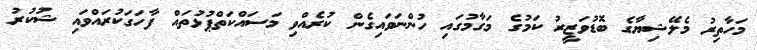
މަހާތިރު މެލޭޝިޔާގެ ބޮޑުވަޒީރު ކަމުގެ މަގާމުގައި ހުންނަވައިގެން ކުރެއްވި މަސައްކަތްޕުޅުތައް ފާހަގަކުރައްވައި ޝުކުރު